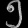
Digit: ၅